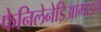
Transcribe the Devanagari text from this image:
फेनिलेनेडिआमाइन